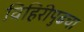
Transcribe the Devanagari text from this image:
विहिरीपुढचा